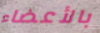
بالأعضاء